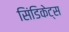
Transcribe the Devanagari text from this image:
सिंडिकेट्स